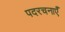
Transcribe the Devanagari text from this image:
पदरचनाएँ